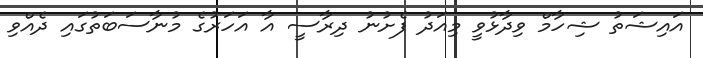
އައިޝަތު ޝިހާމް ވިދާޅުވީ މިއަދު ފެށުނު ދިރާސީ އާ އަހަރުގެ މުނާސަބަތުގައި ދެއްވި